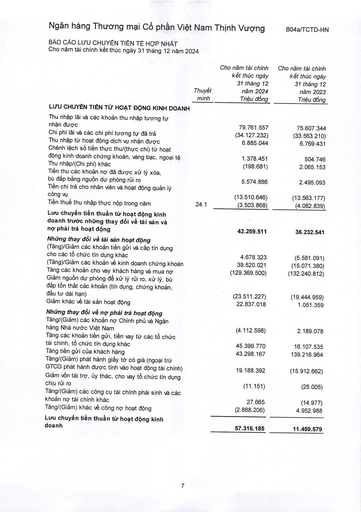
||Thuyết minh|Cho năm tài chính kết thúc ngày 31 tháng 12 năm 2024 Triệu đồng|Cho năm tài chính kết thúc ngày 31 tháng 12 năm 2023 Triệu đồng| |---|---|---|---| |LƯU CHUYỂN TIỀN TỪ HOẠT ĐỘNG KINH DOANH|||| |Thu nhập lãi và các khoản thu nhập tương tự nhận được||79.761.557|75.607.344| |Chi phí lãi và các chi phí tương tự đã trả||(34.127.232)|(33.563.210)| |Thu nhập từ hoạt động dịch vụ nhận được||6.885.044|6.769.431| |Chênh lệch số tiền thực thu/(thực chi) từ hoạt động kinh doanh chứng khoán, vàng bạc, ngoại tệ||1.378.451|504.746| |Thu nhập/(Chi phí) khác||(198.681)|2.065.153| |Tiền thu các khoản nợ đã được xử lý xóa, bù đắp bằng nguồn dự phòng rủi ro||5.574.886|2.495.093| |Tiền chi trả cho nhân viên và hoạt động quản lý công vụ||(13.510.646)|(13.563.177)| |Tiền thuế thu nhập thực nộp trong năm|24.1|(3.503.868)|(4.082.839)| |Lưu chuyển tiền thuần từ hoạt động kinh doanh trước những thay đổi về tài sản và nợ phải trả hoạt động||42.259.511|36.232.541| |Những thay đổi về tài sản hoạt động|||| |(Tăng)/Giảm các khoản tiền gửi và cấp tín dụng cho các tổ chức tín dụng khác||4.678.323|(5.581.091)| |(Tăng)/Giảm các khoản về kinh doanh chứng khoán||39.520.021|(15.071.380)| |Tăng các khoản cho vay khách hàng và mua nợ||(129.369.500)|(132.240.812)| |Giảm nguồn dự phòng để xử lý rủi ro, xử lý, bù đắp tổn thất các khoản (tín dụng, chứng khoán, đầu tư dài hạn)||(23.511.227)|(19.444.959)| |Giảm khác về tài sản hoạt động||22.837.018|1.051.359| |Những thay đổi về nợ phải trả hoạt động|||| |Tăng/(Giảm) các khoản nợ Chính phủ và Ngân hàng Nhà nước Việt Nam||(4.112.598)|2.189.078| |Tăng các khoản tiền gửi, tiền vay từ các tổ chức tài chính, tổ chức tín dụng khác||45.399.770|16.107.535| |Tăng tiền gửi của khách hàng||43.298.167|139.216.964| |Tăng/(Giảm) phát hành giấy tờ có giá (ngoài trừ GTCG phát hành được tính vào hoạt động tài chính)||19.188.392|(15.912.662)| |Giảm vốn tài trợ, ủy thác, cho vay tổ chức tín dụng chịu rủi ro||(11.151)|(25.005)| |Tăng/(Giảm) các công cụ tài chính phái sinh và các khoản nợ tài chính khác||27.665|(14.977)| |Tăng/(Giảm) khác về công nợ hoạt động||(2.888.206)|4.952.988| |Lưu chuyển tiền thuần từ hoạt động kinh doanh||57.316.185|11.459.579|